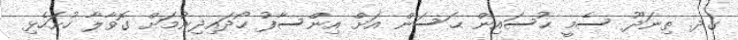
ގދ. ތިނަދޫ ސެމީ ޙުސައިން ޙަސަން އަށް އިންސާފު ހޯދައިދިނުމަށް ގޮވާލާ ހުށަހެޅި